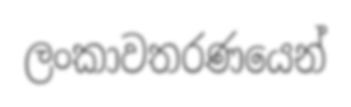
ලංකාවතරණයෙන්